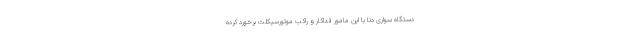
دستگاه سواری دنا با این مامور فداکار و راکب موتورسیکلت برخورد کرده